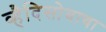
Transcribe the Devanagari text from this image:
व्हैदिसोवाचा